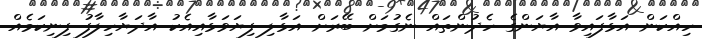
ހިއްކަން އަޅާފައިވާ އާޔަންގެ ހެދުންތައް ނެގުމަށް ބޭރަށް އަޅާލި ފިޔަވަޅާއިއެކު އާދަޔާހިލާފު ފިނިކަމެއް